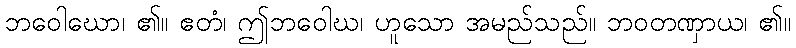
ဘဝေါဃော၊ ၏။ ဧတံ၊ ဤဘဝေါဃ၊ ဟူသော အမည်သည်။ ဘဝတဏှာယ၊ ၏။